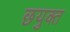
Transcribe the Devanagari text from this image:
छयुक्त